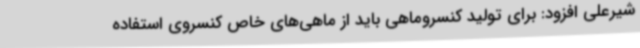
شیرعلی افزود: برای تولید کنسروماهی باید از ماهی‌های خاص کنسروی استفاده